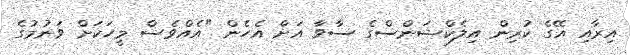
އިރާއި އޭގެ ކުރިން އިލެކްޝަންސްގެ ސާވާ އަށް އެހެން "އެއްވެސް މީހަކަށް ވަނުމުގެ